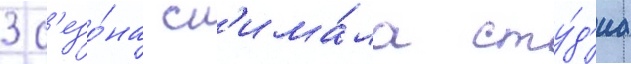
3 с'езо́на сн'има́ла сту́д'иа